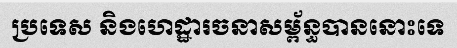
ប្រទេស និងហេដ្ឋារចនាសម្ព័ន្ធបាននោះទេ